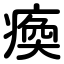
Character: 瘓